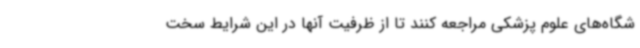
شگاه‌های علوم پزشکی مراجعه کنند تا از ظرفیت آنها در این شرایط سخت